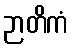
ဉာတိကံ